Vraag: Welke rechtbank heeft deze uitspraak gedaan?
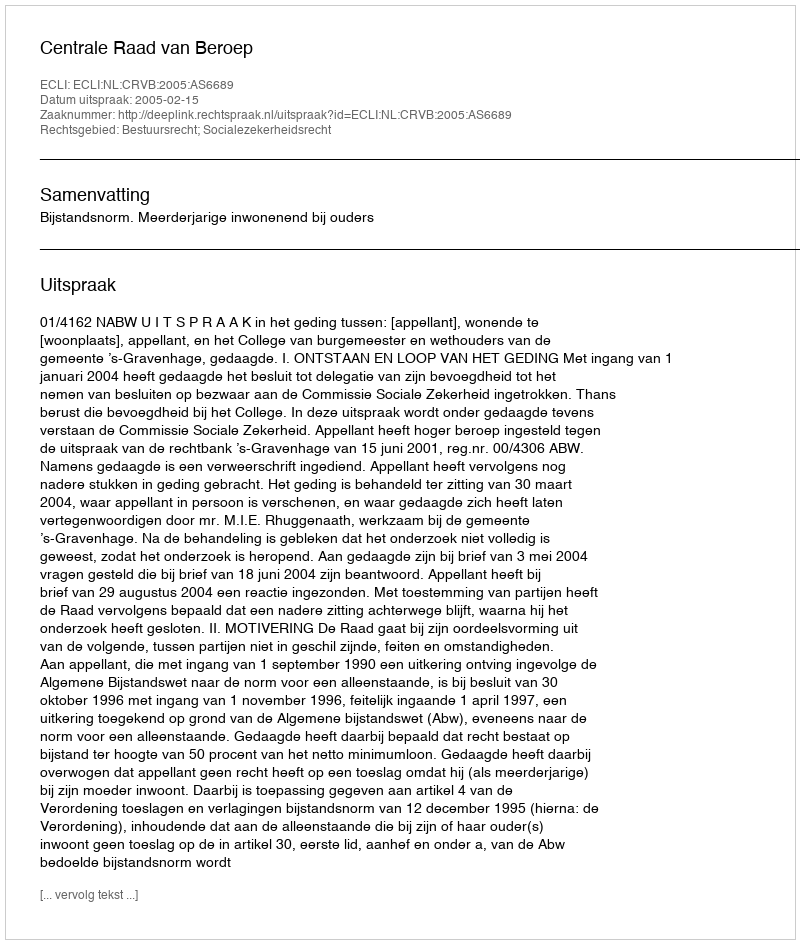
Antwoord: Centrale Raad van Beroep